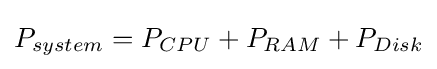
{{P}_{system}}={{P}_{CPU}}+{{P}_{RAM}}+{{P}_{Disk}}